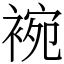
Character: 䘼